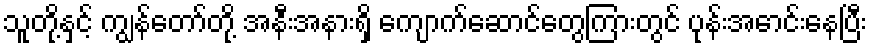
သူတို့နှင့် ကျွန်တော်တို့ အနီးအနားရှိ ကျောက်ဆောင်တွေကြားတွင် ပုန်းအောင်းနေပြီး